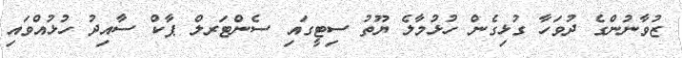
ޒުވާނުންގެ ދުވަހާ ގުޅިގެން ހުޅުމާލެ ޔޫތު ސިޓީގައި ސެންޓަރލް ޕާކް ސާއިދު ހުޅުއްވައި